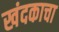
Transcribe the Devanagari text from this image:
खंदकाचा